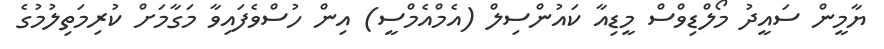
ޔާމީން ސައީދު މޯލްޑިވްސް މީޑިއާ ކައުންސިލް (އެމްއެމްސީ) އިން ހުސްވެފައިވާ މަގާމަށް ކުރިމަތިލުމުގެ